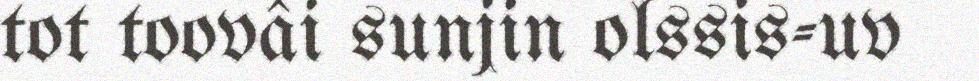
tot toovâi sunjin olssis-uv